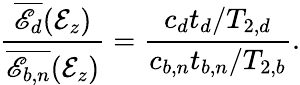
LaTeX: \frac{\overline{{\mathscr{E}_{d}}}(\mathcal{E}_{z})}{\overline{{\mathscr{E}_{b,n}}}(\mathcal{E}_{z})}=\frac{c_{d}t_{d}/T_{2,d}}{c_{b,n}t_{b,n}/T_{2,b}}.